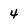
Character: 4